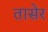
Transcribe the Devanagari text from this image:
तासेर